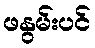
ဖနွမ်းပင်